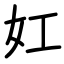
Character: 妅